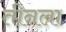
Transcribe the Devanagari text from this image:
तीनला